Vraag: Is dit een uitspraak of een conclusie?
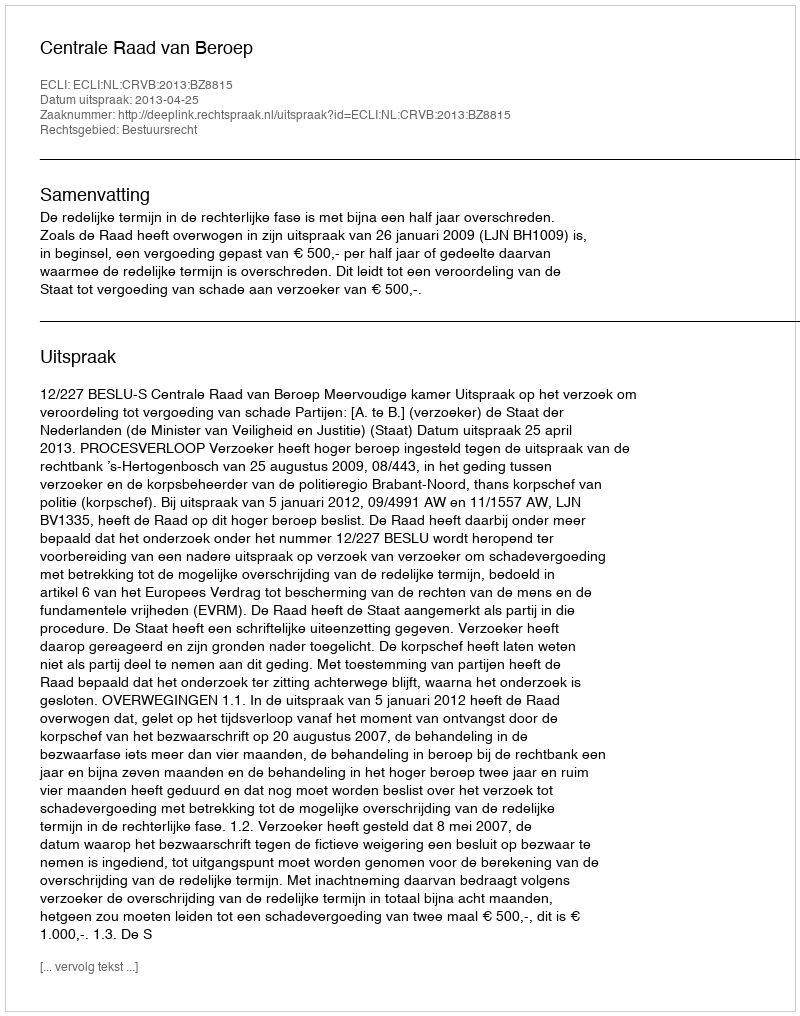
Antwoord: Uitspraak